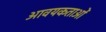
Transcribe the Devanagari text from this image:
आवयकताओं